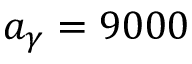
a _ { \gamma } = 9 0 0 0